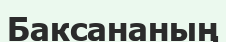
Баксананың